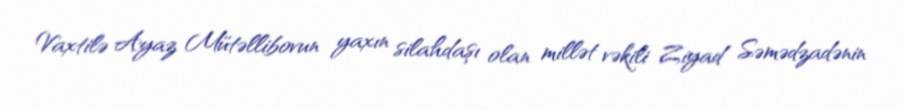
Vaxtilə Ayaz Mütəllibovun yaxın silahdaşı olan millət vəkili Ziyad Səmədzadənin